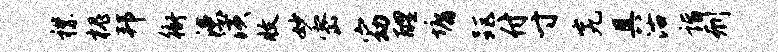
襟槐邦衙漶潢收妙密窈醴墉距付寸究具沽诣刑